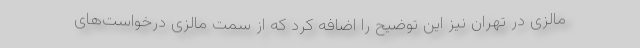
مالزی در تهران نیز این توضیح را اضافه کرد که از سمت مالزی درخواست‌های